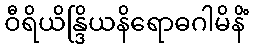
ဝီရိယိန္ဒြိယနိရောဓဂါမိနိံ